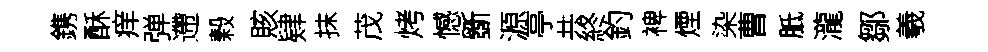
鎸酥痒弹遰榖賅肄抹茂烤憾斵源亭共終釣裨煙染曹胝瀧鄒羲